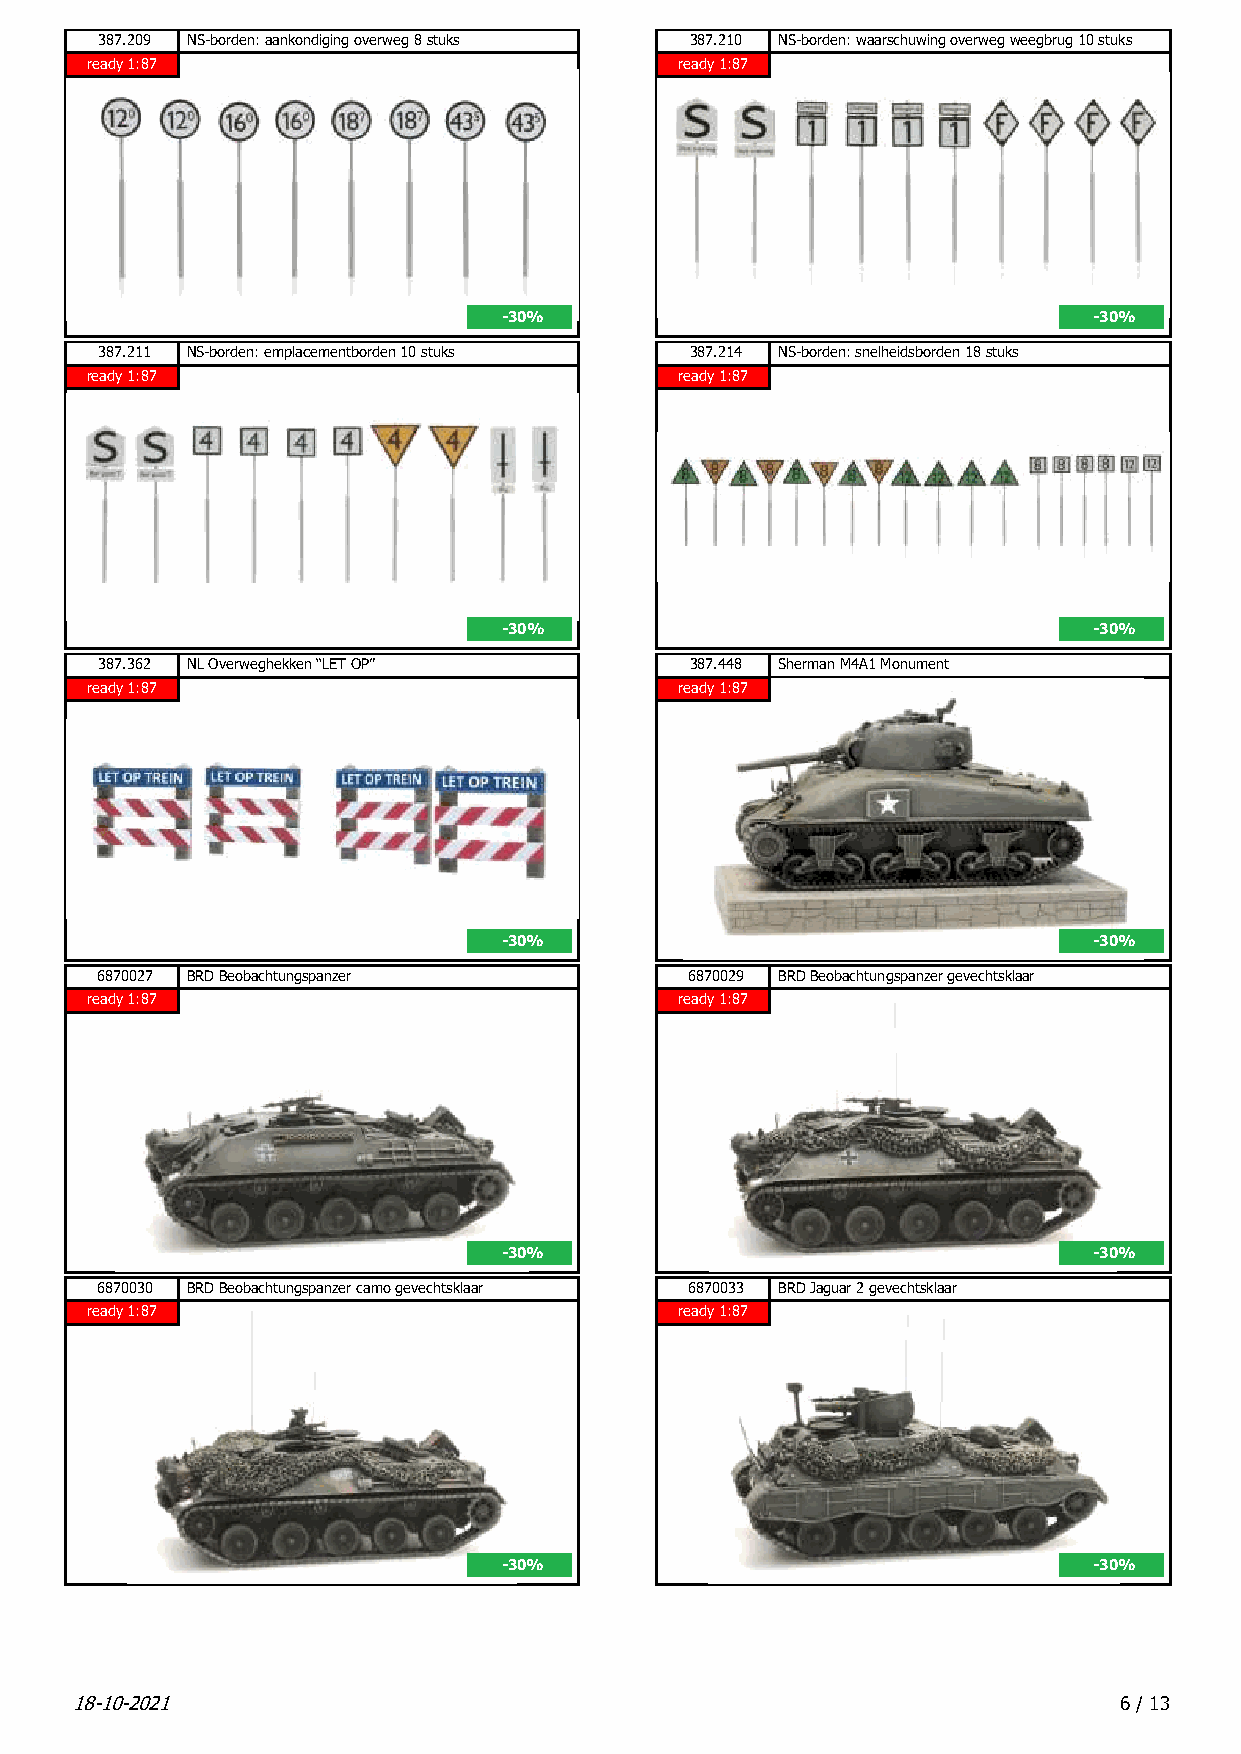
387.209 NS-borden: aankondiging overweg 8 stuks 387.210 NS-borden: waarschuwing overweg weegbrug 10 stuks
 ready 1:87                             ready 1:87
 -30%                                   -30%
 387.211 NS-borden: emplacementborden 10 stuks 387.214 NS-borden: snelheidsborden 18 stuks
 ready 1:87                             ready 1:87
 -30%                                   -30%
 387.362 NL Overweghekken “LET OP”      387.448 Sherman M4A1 Monument
 ready 1:87                             ready 1:87
 -30%                                   -30%
 6870027 BRD Beobachtungspanzer          6870029 BRD Beobachtungspanzer gevechtsklaar
 ready 1:87                             ready 1:87
 -30%                                   -30%
 6870030 BRD Beobachtungspanzer camo gevechtsklaar 6870033 BRD Jaguar 2 gevechtsklaar
 ready 1:87                             ready 1:87
 -30%                                   -30%
 18-10-2021                                                           6 / 13